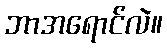
ဘာအရောင်လဲ။